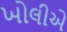
ખોલીએ